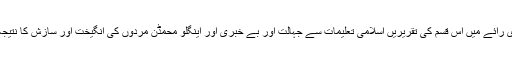
ہماری رائے میں اس قسم کی تقریریں اسلامی تعلیمات سے جہالت اور بے خبری اور اینگلو محمڈن مردوں کی انگیخت اور سازش کا نتیجہ ہے۔